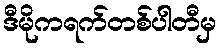
ဒီမိုကရက်တစ်ပါတီမှ